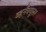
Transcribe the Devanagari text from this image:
व्हर्नॅक्यूलर